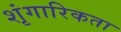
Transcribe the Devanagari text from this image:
शृंगारिकता